Report on the lunatic asylums under the Government of Bombay - 1904-1913
Year: 1904
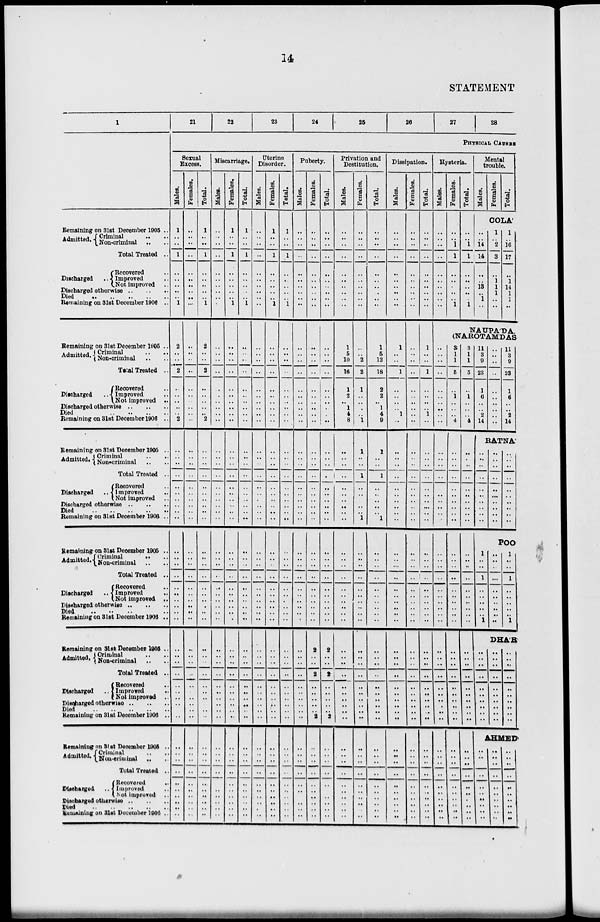
14
STATEMENT
1
Remaining on 31st December 1905 ..
Admitted. Criminal ..
Non-criminal ..
Total Treated ..
Discharged
..
Recovered ..
Improved ..
Not improved ..
Discharged otherwise .. .. ..
Died
..
..
..
..
..
Remaining on 31st December 1906 ..
Remaining on 31st December 1905 ..
Admitted. Criminal .. ..
Non-Criminal .. ..
Total Treated ..
Discharged
..
Recovered ..
Improved ..
Not improved ..
Discharged otherwise .. .. ..
Died .. .. .. .. ..
Remaining on 31st December 1906 ..
Remaining on 31st December 1905 ..
Admitted. Criminal .. ..
Non-criminal .. ..
Total Treated ..
Discharged ..
Recovered ..
Improved ..
Not improved ..
Discharged otherwise .. .. ..
Died .. .. .. .. ..
Remaining on 31st December 1906 ..
Remaining on 31st December 1905 ..
Admitted. Criminal
..
..
Non-criminal .. ..
Total Treated ..
Discharged ..
Recovered ..
Improved ..
Not improved ..
Discharged otherwise .. .. ..
Died .. .. .. .. ..
Remaining on 31st December 1906 ..
Remaining on 31st December 1905 ..
Admitted. Criminal .. ..
Non-criminal .. ..
Total Treated ..
Discharged ..
Recovered
..
Improved
..
Not improved ..
Discharged otherwise .. .. ..
Died .. .. .. .. ..
Remaining on 31st December 1906 ..
Remaining on 31st December 1905 ..
Admitted Criminal .. ..
Non-criminal .. ..
Total Treated ..
Discharged ..
Recovered
..
Improved ..
Not improved ..
Discharged otherwise .. .. ..
Died .. .. .. .. ..
Remaining on 31st December 1906 .
21
22
23
24
25
26
27
28
PHYSICAL CAUSES
Sexual
Excess.
Males.
1
..
..
1
..
..
..
..
..
1
2
..
..
2
..
..
..
..
..
2
..
..
..
..
..
..
..
..
..
..
..
..
..
..
..
..
..
..
..
..
..
..
..
..
..
..
..
..
..
..
..
..
..
..
..
..
..
..
..
..
Females.
..
..
..
..
..
..
..
..
..
..
..
..
..
..
..
..
..
..
..
..
..
..
..
..
..
..
..
..
..
..
..
..
..
..
..
..
..
..
..
..
..
..
..
..
..
..
..
..
..
..
..
..
..
..
..
..
..
..
..
..
Total.
1
..
..
1
..
..
..
..
..
1
2
..
..
2
..
..
..
..
..
2
..
..
..
..
..
..
..
..
..
..
..
..
..
..
..
..
..
..
..
..
..
..
..
..
..
..
..
..
..
..
..
..
..
..
..
..
..
..
..
..
Miscarriage.
Males.
..
..
..
..
..
..
..
..
..
..
..
..
..
..
..
..
..
..
..
..
..
..
..
..
..
..
..
..
..
..
..
..
..
..
..
..
..
..
..
..
..
..
..
..
..
..
..
..
..
..
..
..
..
..
..
..
..
..
..
..
Females.
1
..
..
1
..
..
..
..
..
1
..
..
..
..
..
..
..
..
..
..
..
..
..
..
..
..
..
..
..
..
..
..
..
..
..
..
..
..
..
..
..
..
..
..
..
..
..
..
..
..
..
..
..
..
..
..
..
..
..
..
Total.
1
..
..
1
..
..
..
..
..
1
..
..
..
..
..
..
..
..
..
..
..
..
..
..
..
..
..
..
..
..
..
..
..
..
..
..
..
..
..
..
..
..
..
..
..
..
..
..
..
..
..
..
..
..
..
..
..
..
..
..
Uterine
Disorder.
Males.
..
..
..
..
..
..
..
..
..
..
..
..
..
..
..
..
..
..
..
..
..
..
..
..
..
..
..
..
..
..
..
..
..
..
..
..
..
..
..
..
..
..
..
..
..
..
..
..
..
..
..
..
..
..
..
..
..
..
..
..
Females.
1
..
..
1
..
..
..
..
..
1
..
..
..
..
..
..
..
..
..
..
..
..
..
..
..
..
..
..
..
..
..
..
..
..
..
..
..
..
..
..
..
..
..
..
..
..
..
..
..
..
..
..
..
..
..
..
..
..
..
..
Total.
1
..
..
1
..
..
..
..
..
1
..
..
..
..
..
..
..
..
..
..
..
..
..
..
..
..
..
..
..
..
..
..
..
..
..
..
..
..
..
..
..
..
..
..
..
..
..
..
..
..
..
..
..
..
..
..
..
..
..
..
Puberty.
Males.
..
..
..
..
..
..
..
..
..
..
..
..
..
..
..
..
..
..
..
..
..
..
..
..
..
..
..
..
..
..
..
..
..
..
..
..
..
..
..
..
..
..
..
..
..
..
..
..
..
..
..
..
..
..
..
..
..
..
..
Females.
..
..
..
..
..
..
..
..
..
..
..
..
..
..
..
..
..
..
..
..
..
..
..
..
..
..
..
..
..
..
..
..
..
..
..
..
..
..
..
..
2
..
..
2
..
..
..
..
..
2
..
..
..
..
..
..
..
..
..
..
Total.
..
..
..
..
..
..
..
..
..
..
..
..
..
..
..
..
..
..
..
..
..
..
..
..
..
..
..
..
..
..
..
..
..
..
..
..
..
..
..
..
2
..
..
2
..
..
..
..
..
2
..
..
..
..
..
..
..
..
..
..
Privation and
Destination.
Males.
..
..
..
..
..
..
..
..
..
..
1
5
10
16
1
2
..
1
4
8
..
..
..
..
..
..
..
..
..
..
..
..
..
..
..
..
..
..
..
..
..
..
..
..
..
..
..
..
..
..
..
..
..
..
..
..
..
..
..
..
Females.
..
..
..
..
..
..
..
..
..
..
..
..
2
2
1
..
..
..
..
1
1
..
..
1
..
..
..
..
..
1
..
..
..
..
..
..
..
..
..
..
..
..
..
..
..
..
..
..
..
..
..
..
..
..
..
..
..
..
..
..
Total.
..
..
..
..
..
..
..
..
..
..
1
5
12
18
2
2
..
1
4
9
1
..
..
1
..
..
..
..
.. 1
..
..
..
..
..
..
..
..
..
..
..
..
..
..
..
..
..
..
..
..
..
..
..
..
..
..
..
..
..
..
Dissipation.
Males.
..
..
..
..
..
..
..
..
..
..
1
..
..
1
..
..
..
..
1
..
..
..
..
..
..
..
..
..
..
..
..
..
..
..
..
..
..
..
..
..
..
..
..
..
..
..
..
..
..
..
..
..
..
..
..
..
..
..
..
..
Females.
..
..
..
..
..
..
..
..
..
..
..
..
..
..
..
..
..
..
..
..
..
..
..
..
..
..
..
..
..
..
..
..
..
..
..
..
..
..
..
..
..
..
..
..
..
..
..
..
..
..
..
..
..
..
..
..
..
..
..
..
Total.
..
..
..
..
..
..
..
..
..
..
1
..
..
1
..
..
..
..
1
..
..
..
..
..
..
..
..
..
..
..
..
..
..
..
..
..
..
..
..
..
..
..
..
..
..
..
..
..
..
..
..
..
..
..
..
..
..
..
..
..
Hysteria.
Males.
..
..
..
..
..
..
..
..
..
..
Females.
..
..
1
1
..
..
..
..
..
1
Total.
..
..
1
1
..
..
..
..
..
1
Mental
trouble.
Males.
Females.
Total.
COLA'
..
..
14
14
..
..
13
..
1
..
1
..
2
3
..
1
1
1
..
..
1
..
16
17
..
1
14
1
1
..
NAUPA'DA,
(NAROTAMDAS)
..
..
..
..
..
..
..
..
..
..
..
..
..
..
..
..
..
..
..
..
..
..
..
..
..
..
..
..
..
..
..
..
..
..
..
..
..
..
..
..
..
..
..
..
..
..
..
..
..
..
3
1
1
5
..
1
..
..
..
4
..
..
..
..
..
..
..
..
..
..
..
..
..
..
..
..
..
..
..
..
..
..
..
..
..
..
..
..
..
..
..
..
..
..
..
..
..
..
..
..
3
1
1
5
..
1
..
..
..
4
..
..
..
..
..
..
..
..
..
..
..
..
..
..
..
..
..
..
..
..
..
..
..
..
..
..
..
..
..
..
..
..
..
..
..
..
..
..
..
11
3
9
23
1
6
..
..
2
14
..
..
..
..
..
..
..
..
..
..
11
3
9
23
1
6
..
..
2
14
RATNA
..
..
..
..
..
..
..
..
..
..
..
..
..
..
..
..
..
..
..
..
..
..
..
..
..
..
..
..
..
..
POO
1
..
..
1
..
..
..
..
..
1
..
..
..
..
..
..
..
..
..
..
1
..
..
1
..
..
..
..
..
1
DHA'R
..
..
..
..
..
..
..
..
..
..
..
..
..
..
..
..
..
..
..
..
..
..
..
..
..
..
..
..
..
..
AHMED
..
..
..
..
..
..
..
..
..
..
..
..
..
..
..
..
..
..
..
..
..
..
..
..
..
..
..
..
..